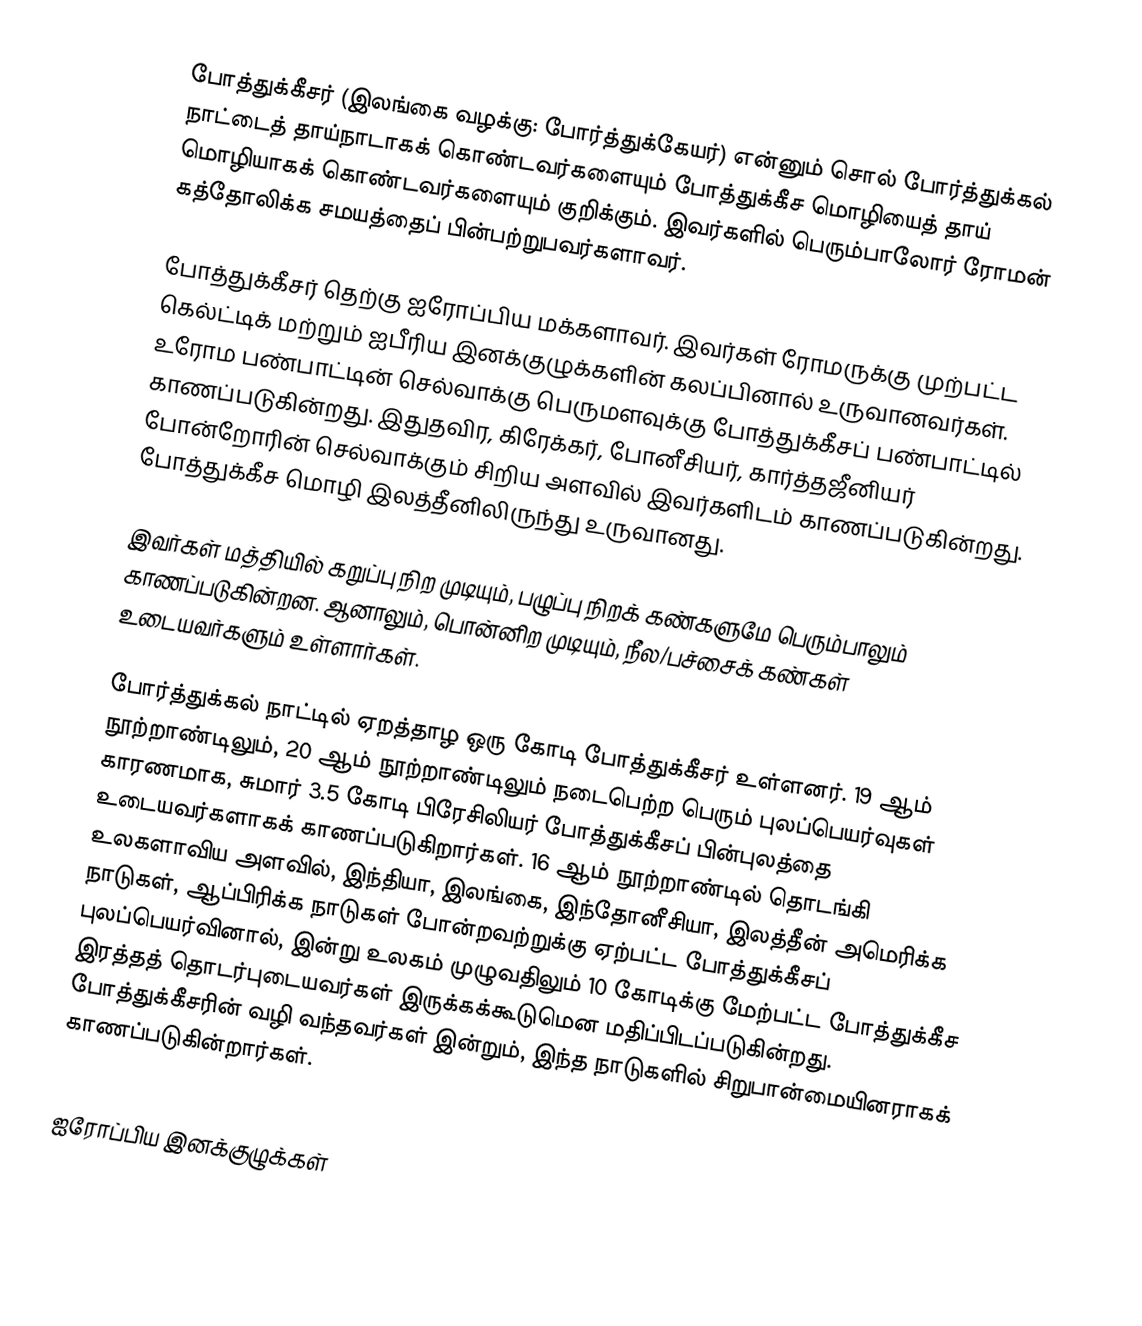
போத்துக்கீசர் (இலங்கை வழக்கு: போர்த்துக்கேயர்) என்னும் சொல் போர்த்துக்கல் நாட்டைத் தாய்நாடாகக் கொண்டவர்களையும் போத்துக்கீச மொழியைத் தாய் மொழியாகக் கொண்டவர்களையும் குறிக்கும். இவர்களில் பெரும்பாலோர் ரோமன் கத்தோலிக்க சமயத்தைப் பின்பற்றுபவர்களாவர்.

போத்துக்கீசர் தெற்கு ஐரோப்பிய மக்களாவர். இவர்கள் ரோமருக்கு முற்பட்ட கெல்ட்டிக் மற்றும் ஐபீரிய இனக்குழுக்களின் கலப்பினால் உருவானவர்கள். உரோம பண்பாட்டின் செல்வாக்கு பெருமளவுக்கு போத்துக்கீசப் பண்பாட்டில் காணப்படுகின்றது. இதுதவிர, கிரேக்கர், போனீசியர், கார்த்தஜீனியர் போன்றோரின் செல்வாக்கும் சிறிய அளவில் இவர்களிடம் காணப்படுகின்றது.  போத்துக்கீச மொழி இலத்தீனிலிருந்து உருவானது.

இவர்கள் மத்தியில் கறுப்பு நிற முடியும், பழுப்பு நிறக் கண்களுமே பெரும்பாலும் காணப்படுகின்றன. ஆனாலும், பொன்னிற முடியும், நீல/பச்சைக் கண்கள் உடையவர்களும் உள்ளார்கள்.

போர்த்துக்கல் நாட்டில் ஏறத்தாழ ஒரு கோடி போத்துக்கீசர் உள்ளனர். 19 ஆம் நூற்றாண்டிலும், 20 ஆம் நூற்றாண்டிலும் நடைபெற்ற பெரும் புலப்பெயர்வுகள் காரணமாக, சுமார் 3.5 கோடி பிரேசிலியர் போத்துக்கீசப் பின்புலத்தை உடையவர்களாகக் காணப்படுகிறார்கள். 16 ஆம் நூற்றாண்டில் தொடங்கி உலகளாவிய அளவில், இந்தியா, இலங்கை, இந்தோனீசியா, இலத்தீன் அமெரிக்க நாடுகள், ஆப்பிரிக்க நாடுகள் போன்றவற்றுக்கு ஏற்பட்ட போத்துக்கீசப் புலப்பெயர்வினால், இன்று உலகம் முழுவதிலும் 10 கோடிக்கு மேற்பட்ட போத்துக்கீச இரத்தத் தொடர்புடையவர்கள் இருக்கக்கூடுமென மதிப்பிடப்படுகின்றது. போத்துக்கீசரின் வழி வந்தவர்கள் இன்றும், இந்த நாடுகளில் சிறுபான்மையினராகக் காணப்படுகின்றார்கள்.

ஐரோப்பிய இனக்குழுக்கள்